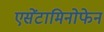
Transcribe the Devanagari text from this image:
एसेंटामिनोफेन